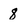
Character: 8